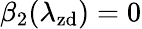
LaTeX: \beta_{2}(\lambda_{\mathrm{zd}})=0